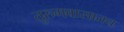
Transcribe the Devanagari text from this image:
तुरुगवासातच